Vaccine operations Central Provinces 1868-1885 - 1868-1885
Year: 1868
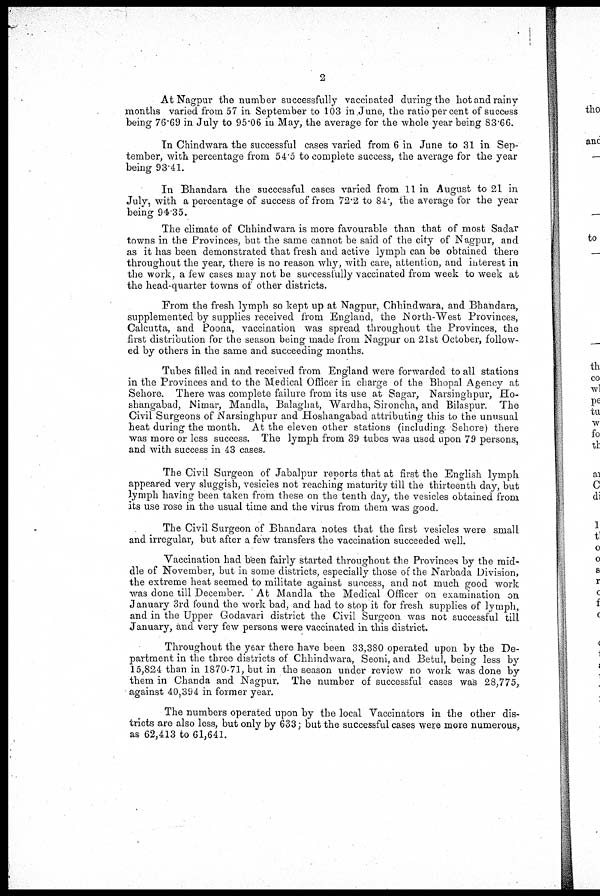
2
At Nagpur the number successfully vaccinated during the hot and rainy-
months varied from 57 in September to 103 in June, the ratio per cent of success
being 76.69 in July to 95.06 in May, the average for the whole year being 83.66.
In Chindwara the successful cases varied from 6 in June to 31 in Sep-
tember, with percentage from 54.5 to complete success, the average for the year
being 93.41.
In Bhandara the successful cases varied from 11 in August to 21 in
July, with a percentage of success of from 72.2 to 84, the average for the year
being 94.35.
The climate of Chhindwara is more favourable than that of most Sadar
towns in the Provinces, but the same cannot be said of the city of Nagpur, and
as it has been demonstrated that fresh and active lymph can be obtained there
throughout the year, there is no reason why, with care, attention, and interest in
the work, a few cases may not be successfully vaccinated from week to week at
the head-quarter towns of other districts.
From the fresh lymph so kept up at Nagpur, Chhindwara, and Bhandara,
supplemented by supplies received from England, the North-West Provinces,
Calcutta, and Poona, vaccination was spread throughout the Provinces, the
first distribution for the season being made from Nagpur on 21st October, follow-
ed by others in the same and succeeding months.
Tubes filled in and received from England were forwarded to all stations
in the Provinces and to the Medical Officer in charge of the Bhopal Agency at
Sehore. There was complete failure from its use at Sagar, Narsinghpur, Ho-
shangabad, Nimar, Mandla, Balaghat, Wardha, Sironcha, and Bilaspur. The
Civil Surgeons of Narsinghpur and Hoshangabad attributing this to the unusual
heat during the month. At the eleven other stations (including Sehore) there
was more or less success. The lymph from 39 tubes was used upon 79 persons,
and with success in 43 cases.
The Civil Surgeon of Jabalpur reports that at first the English lymph
appeared very sluggish, vesicles not reaching maturity till the thirteenth day, but
lymph having been taken from these on the tenth day, the vesicles obtained from
its use rose in the usual time and the virus from them was good.
The Civil Surgeon of Bhandara notes that the first vesicles were small
and irregular, but after a few transfers the vaccination succeeded well.
Vaccination had been fairly started throughout the Provinces by the mid-
dle of November, but in some districts, especially those of the Narbada Division,
the extreme heat seemed to militate against success, and not much good work
was done till December. At Mandla the Medical Officer on examination on
January 3rd found the work bad, and had to stop it for fresh supplies of lymph,
and in the Upper Godavari district the Civil Surgeon was not successful till
January, and very few persons were vaccinated in this district.
Throughout the year there have been 33,380 operated upon by the De-
partment in the three districts of Chhindwara, Seoni, and Betul, being less by
15,824 than in 1870-71, but in the season under review no work was done by
them in Chanda and Nagpur. The number of successful cases was 28,775,
against 40,394 in former year.
The numbers operated upon by the local Vaccinators in the other dis-
tricts are also less, but only by 633; but the successful cases were more numerous,
as 62,413 to 61,641.